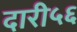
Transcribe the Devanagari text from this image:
दारी५६